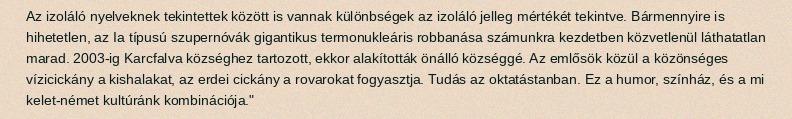
Az izoláló nyelveknek tekintettek között is vannak különbségek az izoláló jelleg mértékét tekintve. Bármennyire is hihetetlen, az Ia típusú szupernóvák gigantikus termonukleáris robbanása számunkra kezdetben közvetlenül láthatatlan marad. 2003-ig Karcfalva községhez tartozott, ekkor alakították önálló községgé. Az emlősök közül a közönséges vízicickány a kishalakat, az erdei cickány a rovarokat fogyasztja. Tudás az oktatástanban. Ez a humor, színház, és a mi kelet-német kultúránk kombinációja."